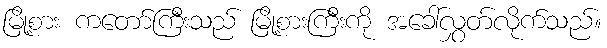
မြို့စား ကတော်ကြီးသည် မြို့စားကြီးကို အခေါ်လွှတ်လိုက်သည်။